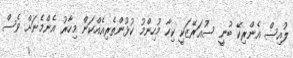
ލުއިސް އެންރިކޭ ބުނީ ސުއަރޭޒަކީ ކިހާ މުހިންމު ކުޅުންތެރިއެއްކަން މިހާރު އެންމެނަށް ވެސް